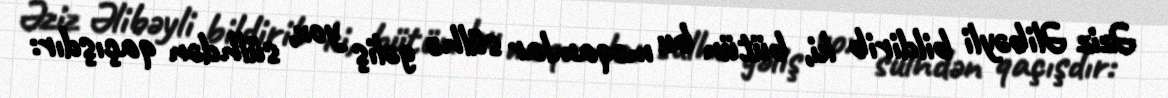
Əziz Əlibəyli bildirib ki, bütün bu məqamlar sülhə gəliş yox, sülhdən qaçışdır: